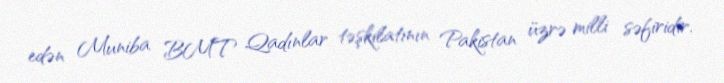
edən Muniba BMT Qadınlar təşkilatının Pakistan üzrə milli səfiridir.